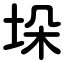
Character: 垛